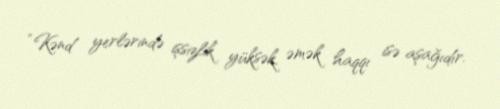
“Kənd yerlərində işsizlik yüksək, əmək haqqı isə aşağıdır.